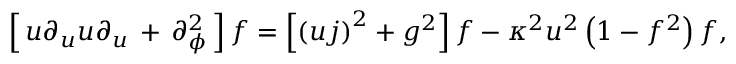
\left[ \, u \partial _ { u } u \partial _ { u } \, + \, \partial _ { \phi } ^ { 2 } \, \right] f = \left[ \left( u j \right) ^ { 2 } + g ^ { 2 } \right] f - \kappa ^ { 2 } u ^ { 2 } \left( 1 - f ^ { 2 } \right) f ,